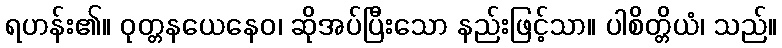
ရဟန်း၏။ ဝုတ္တနယေနေဝ၊ ဆိုအပ်ပြီးသော နည်းဖြင့်သာ။ ပါစိတ္တိယံ၊ သည်။